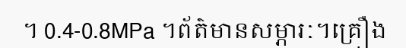
។ 0.4-0.8MPa ។ព័ត៌មានសម្ភារៈ។គ្រឿង